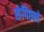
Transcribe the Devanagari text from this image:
सेपिछले